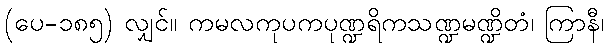
(ပေ-၁၈၅) လျှင်။ ကမလကုပကပုဏ္ဍရိကသဏ္ဍမဏ္ဍိတံ၊ ကြာနီ၊